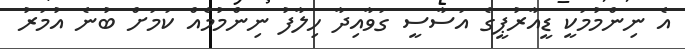
އެ ނިންމުމަކީ ޑީއާރުޕީގެ އަސާސީ ގަވާއިދާ ހިލާފު ނިންމުމެއް ކަމަށް ބުނެ އުމަރު